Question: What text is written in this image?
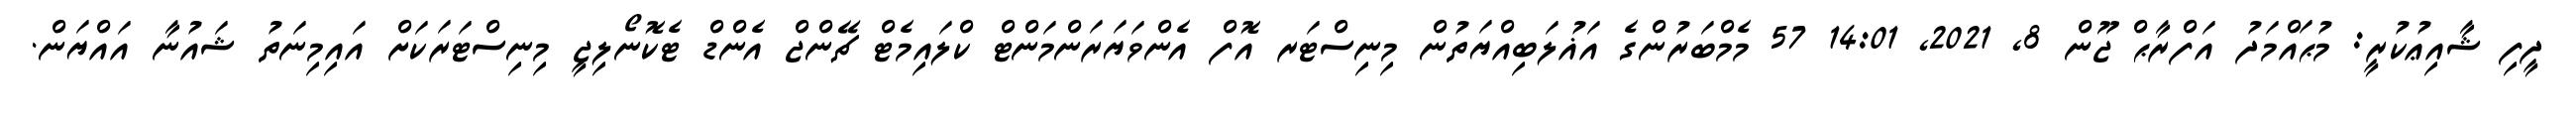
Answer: ދީފި ޝާއިޢުކުރީ: މުޙައްމަދު އަފްރާޙް ޖޫން 8, 2021, 14:01 57 މެމްބަރުންގެ އަޣުލަބިއްޔަތުން މިނިސްޓަރ އޮފް އެންވަޔަރަންމަންޓް ކްލައިމެޓް ޗޭންޖް އެންޑް ޓެކޮނޯލިޖީ މިނިސްޓަރަކަށް އައިމިނަތު ޝައުނާ އައްޔަން.